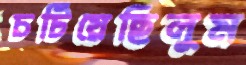
চটিয়েছিলুম